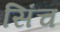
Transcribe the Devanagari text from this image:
सिंच